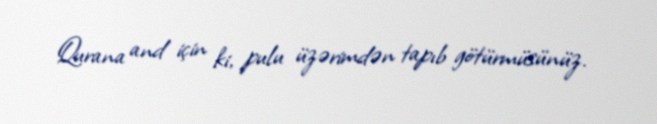
Qurana and için ki, pulu üzərimdən tapıb götürmüsünüz.